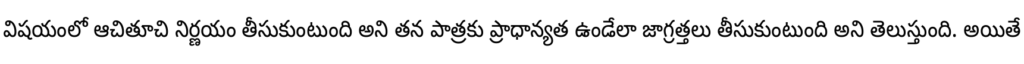
విషయంలో ఆచితూచి నిర్ణయం తీసుకుంటుంది అని తన పాత్రకు ప్రాధాన్యత ఉండేలా జాగ్రత్తలు తీసుకుంటుంది అని తెలుస్తుంది. అయితే